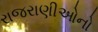
રાજરાણીઓનો